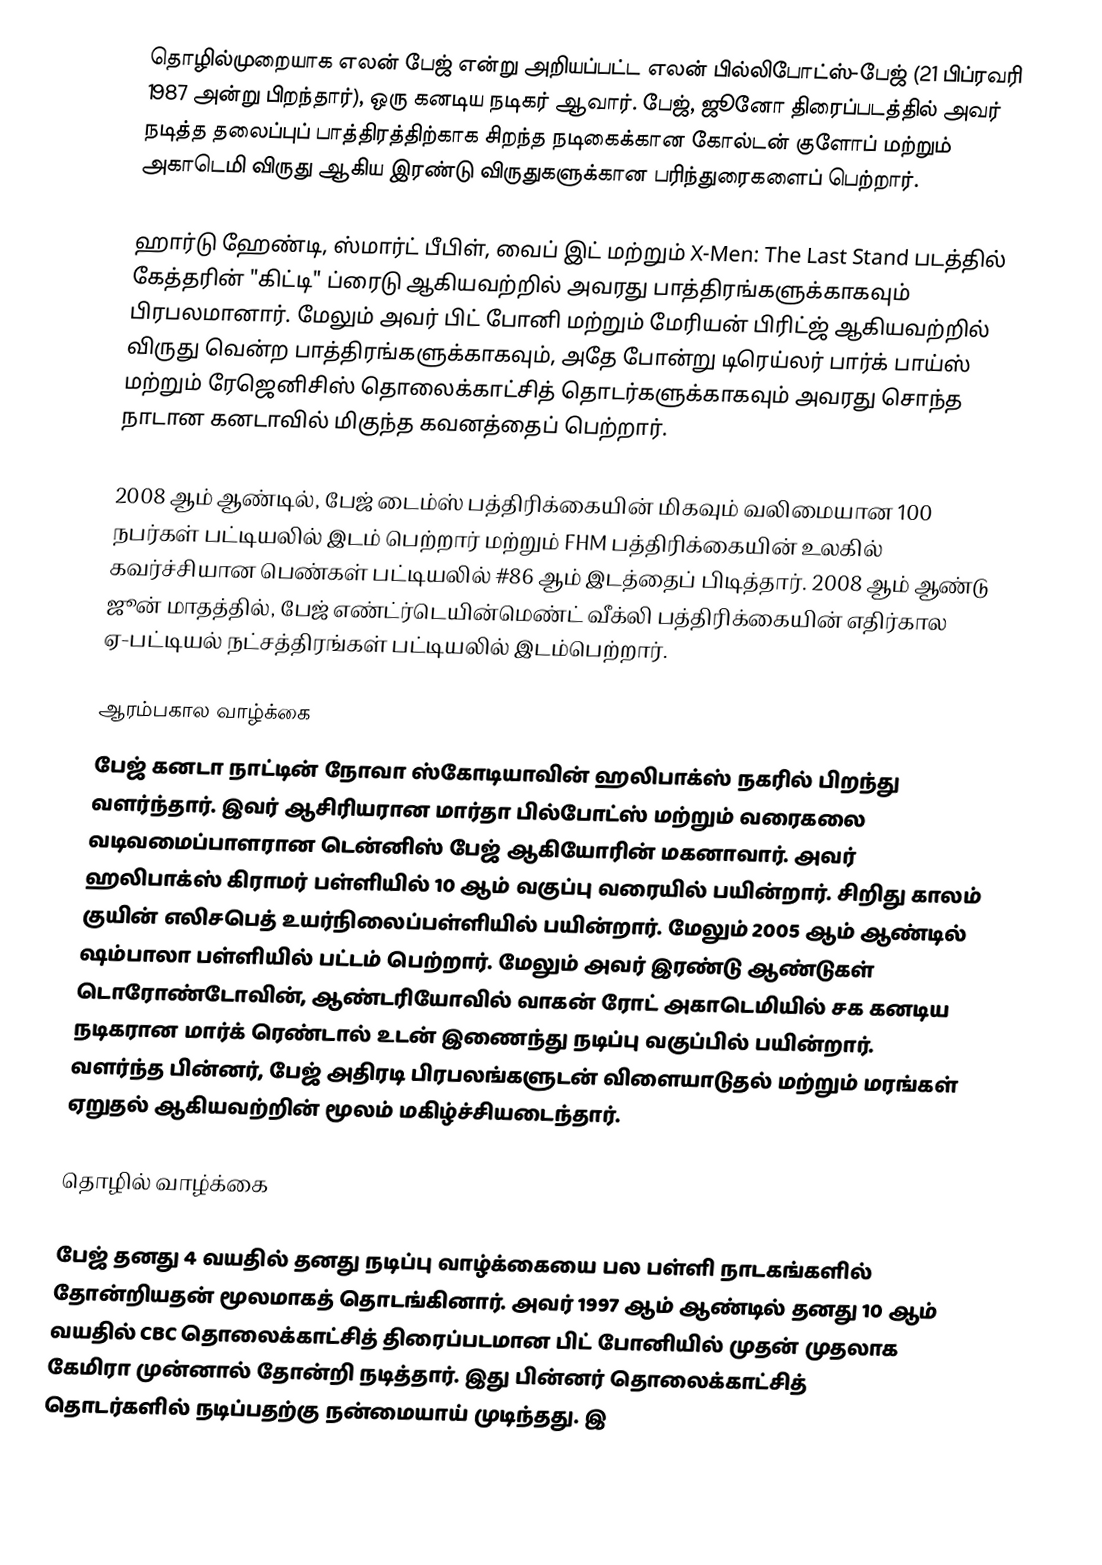
தொழில்முறையாக எலன் பேஜ் என்று அறியப்பட்ட எலன் பில்லிபோட்ஸ்-பேஜ் (21 பிப்ரவரி 1987 அன்று பிறந்தார்), ஒரு கனடிய நடிகர் ஆவார். பேஜ், ஜூனோ திரைப்படத்தில் அவர் நடித்த தலைப்புப் பாத்திரத்திற்காக சிறந்த நடிகைக்கான கோல்டன் குளோப் மற்றும் அகாடெமி விருது ஆகிய இரண்டு விருதுகளுக்கான பரிந்துரைகளைப் பெற்றார்.

ஹார்டு ஹேண்டி, ஸ்மார்ட் பீபிள், வைப் இட் மற்றும் X-Men: The Last Stand படத்தில் கேத்தரின் "கிட்டி" ப்ரைடு ஆகியவற்றில் அவரது பாத்திரங்களுக்காகவும் பிரபலமானார். மேலும் அவர் பிட் போனி மற்றும் மேரியன் பிரிட்ஜ் ஆகியவற்றில் விருது வென்ற பாத்திரங்களுக்காகவும், அதே போன்று டிரெய்லர் பார்க் பாய்ஸ் மற்றும் ரேஜெனிசிஸ் தொலைக்காட்சித் தொடர்களுக்காகவும் அவரது சொந்த நாடான கனடாவில் மிகுந்த கவனத்தைப் பெற்றார்.

2008 ஆம் ஆண்டில், பேஜ் டைம்ஸ் பத்திரிக்கையின் மிகவும் வலிமையான 100 நபர்கள் பட்டியலில் இடம் பெற்றார் மற்றும் FHM பத்திரிக்கையின் உலகில் கவர்ச்சியான பெண்கள் பட்டியலில் #86 ஆம் இடத்தைப் பிடித்தார்.   2008 ஆம் ஆண்டு ஜூன் மாதத்தில், பேஜ்   எண்ட்ர்டெயின்மெண்ட் வீக்லி பத்திரிக்கையின் எதிர்கால ஏ-பட்டியல் நட்சத்திரங்கள் பட்டியலில் இடம்பெற்றார்.

ஆரம்பகால வாழ்க்கை
பேஜ் கனடா நாட்டின் நோவா ஸ்கோடியாவின் ஹலிபாக்ஸ் நகரில் பிறந்து வளர்ந்தார். இவர் ஆசிரியரான மார்தா பில்போட்ஸ் மற்றும் வரைகலை வடிவமைப்பாளரான டென்னிஸ் பேஜ் ஆகியோரின் மகனாவார். அவர் ஹலிபாக்ஸ் கிராமர் பள்ளியில் 10 ஆம் வகுப்பு வரையில் பயின்றார். சிறிது காலம் குயின் எலிசபெத் உயர்நிலைப்பள்ளியில் பயின்றார். மேலும் 2005 ஆம் ஆண்டில் ஷம்பாலா பள்ளியில் பட்டம் பெற்றார். மேலும் அவர் இரண்டு ஆண்டுகள் டொரோண்டோவின், ஆண்டரியோவில் வாகன் ரோட் அகாடெமியில் சக கனடிய நடிகரான மார்க் ரெண்டால் உடன் இணைந்து நடிப்பு வகுப்பில் பயின்றார். வளர்ந்த பின்னர், பேஜ் அதிரடி பிரபலங்களுடன் விளையாடுதல் மற்றும் மரங்கள் ஏறுதல் ஆகியவற்றின் மூலம் மகிழ்ச்சியடைந்தார்.

தொழில் வாழ்க்கை

பேஜ் தனது 4 வயதில் தனது நடிப்பு வாழ்க்கையை பல பள்ளி நாடகங்களில் தோன்றியதன் மூலமாகத் தொடங்கினார். அவர் 1997 ஆம் ஆண்டில் தனது 10 ஆம் வயதில் CBC தொலைக்காட்சித் திரைப்படமான பிட் போனியில் முதன் முதலாக கேமிரா முன்னால் தோன்றி நடித்தார். இது பின்னர் தொலைக்காட்சித் தொடர்களில் நடிப்பதற்கு நன்மையாய் முடிந்தது. இ